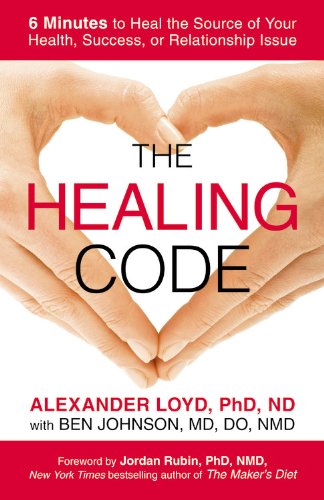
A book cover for The Healing Code: 6 Minutes to Heal the Source of Your Health, Success, or Relationship Issue; Alexander Loyd; Health, Fitness & Dieting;